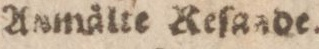
Anmälte Reſande.